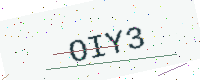
Text: OIY3